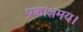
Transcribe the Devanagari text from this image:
प्रकाशमय।